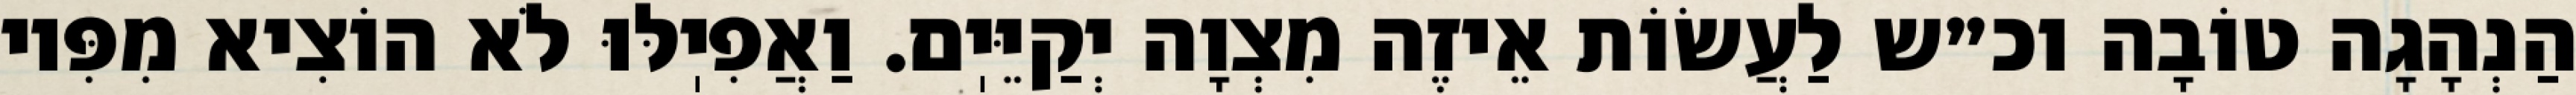
הַנְהָגָה טוֹבָה וכ״ש לַעֲשׂוֹת אֵיזֶה מִצְוָה יְקַיֵּיֽם. וַאֲפִיֽלּוּ לֹא הוֹצִיא מִפִּיו